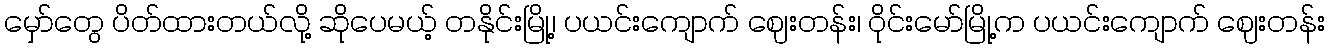
မှော်တွေ ပိတ်ထားတယ်လို့ ဆိုပေမယ့် တနိုင်းမြို့၊ ပယင်းကျောက် ဈေးတန်း၊ ဝိုင်းမော်မြို့က ပယင်းကျောက် ဈေးတန်း